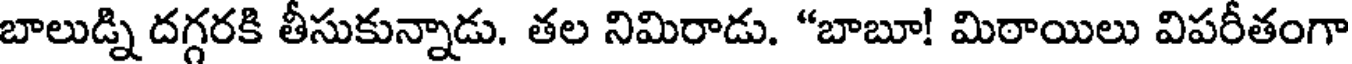
బాలుడ్ని దగ్గరకి తీసుకున్నాడు. తల నిమిరాడు. "బాబూ! మిరాయిలు విపరీతంగా